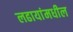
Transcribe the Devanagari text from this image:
लढायांमधील